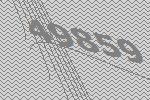
49859